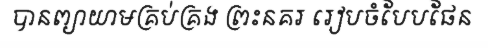
បានព្យាយាមគ្រប់គ្រង ព្រះនគរ រៀបចំបែបផែន